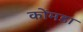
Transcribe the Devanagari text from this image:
कोंमडा